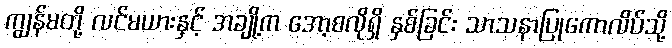
ကျွန်မတို့ လင်မယားနှင့် အချို့က အော့စလိုရှိ နှစ်ခြင်း သာသနာပြုကောလိပ်သို့